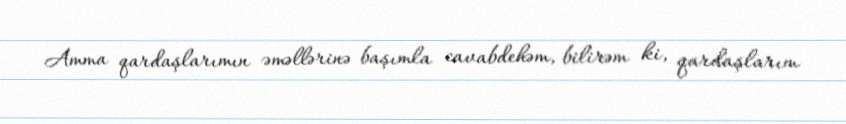
Amma qardaşlarımın əməllərinə başımla cavabdehəm, bilirəm ki, qardaşlarım